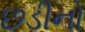
છડીનો